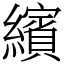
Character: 繽